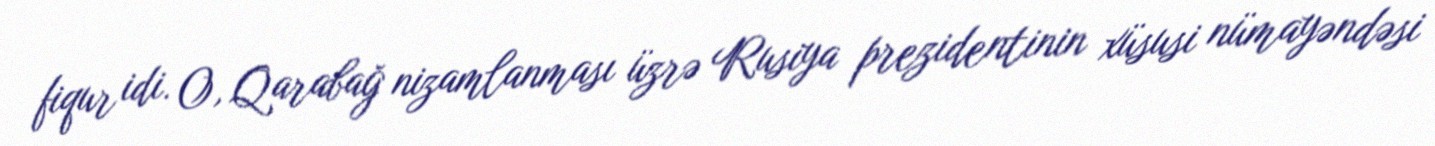
fiqur idi. O, Qarabağ nizamlanması üzrə Rusiya prezidentinin xüsusi nümayəndəsi